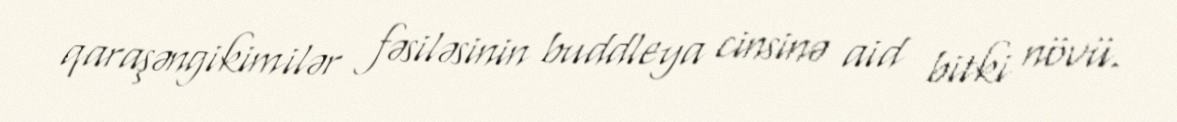
qaraşəngikimilər fəsiləsinin buddleya cinsinə aid bitki növü.